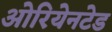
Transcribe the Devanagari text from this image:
ओरियेनटेड